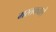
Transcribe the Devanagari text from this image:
मस्तकवाले